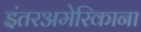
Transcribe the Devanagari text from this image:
इंतरअमेरिकाना